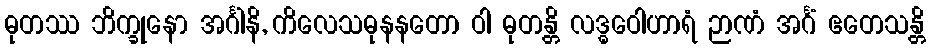
ဓုတဿ ဘိက္ခုနော အင်္ဂါနိ, ကိလေသဓုနနတော ဝါ ဓုတန္တိ လဒ္ဓဝေါဟာရံ ဉာဏံ အင်္ဂံ ဧတေသန္တိ